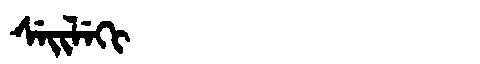
Manchu: ᠰᡝᡳᠯᡝᡴᡳ
Romanization: SEILEKI